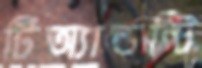
টিঅ্যান্ডন্টি